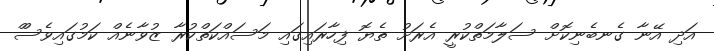
އަދި އޭނާ ގެނބެނިކޮށް ސަލާމަތްކުރީ އެރަށު ތެޔޮ ފިހާރައިގައި މަސައްކަތްކުރާ ޒުވާނެއް ކަމުގައިވެސްް